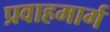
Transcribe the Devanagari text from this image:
प्रवाहमार्ग